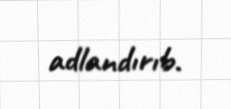
adlandırıb.